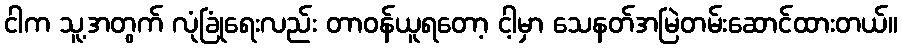
ငါက သူ့အတွက် လုံခြုံရေးလည်း တာဝန်ယူရတော့ ငါ့မှာ သေနတ်အမြဲတမ်းဆောင်ထားတယ်။